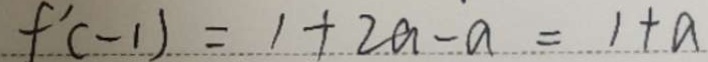
f ^ { \prime } ( - 1 ) = 1 + 2 a - a = 1 + a